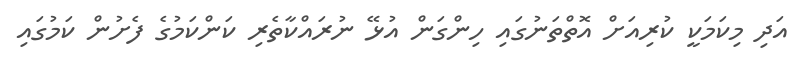
އަދި މިކަމަކީ ކުރިއަށް އޮތްތަނުގައި ހިންގަން އުޅޭ ނުރައްކާތެރި ކަންކަމުގެ ފެށުން ކަމުގައި